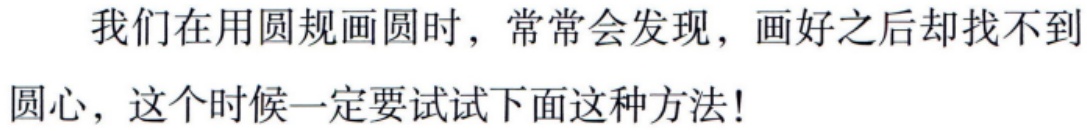
我们在用圆规画圆时，常常会发现，画好之后却找不到
圆心，这个时候一定要试试下面这种方法!